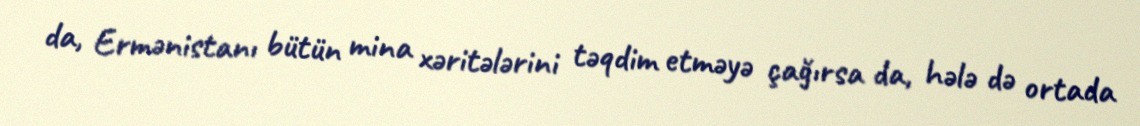
da, Ermənistanı bütün mina xəritələrini təqdim etməyə çağırsa da, hələ də ortada